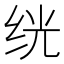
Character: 𬘢